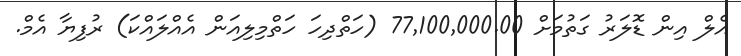
އެލް އިން ޑޮލަރު ގަތުމަށް 77